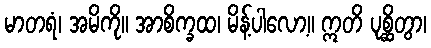
မာတရံ၊ အမိကို။ အာစိက္ခထ၊ မိန့်ပါလော့။ ဣတိ ပုစ္ဆိတွာ၊